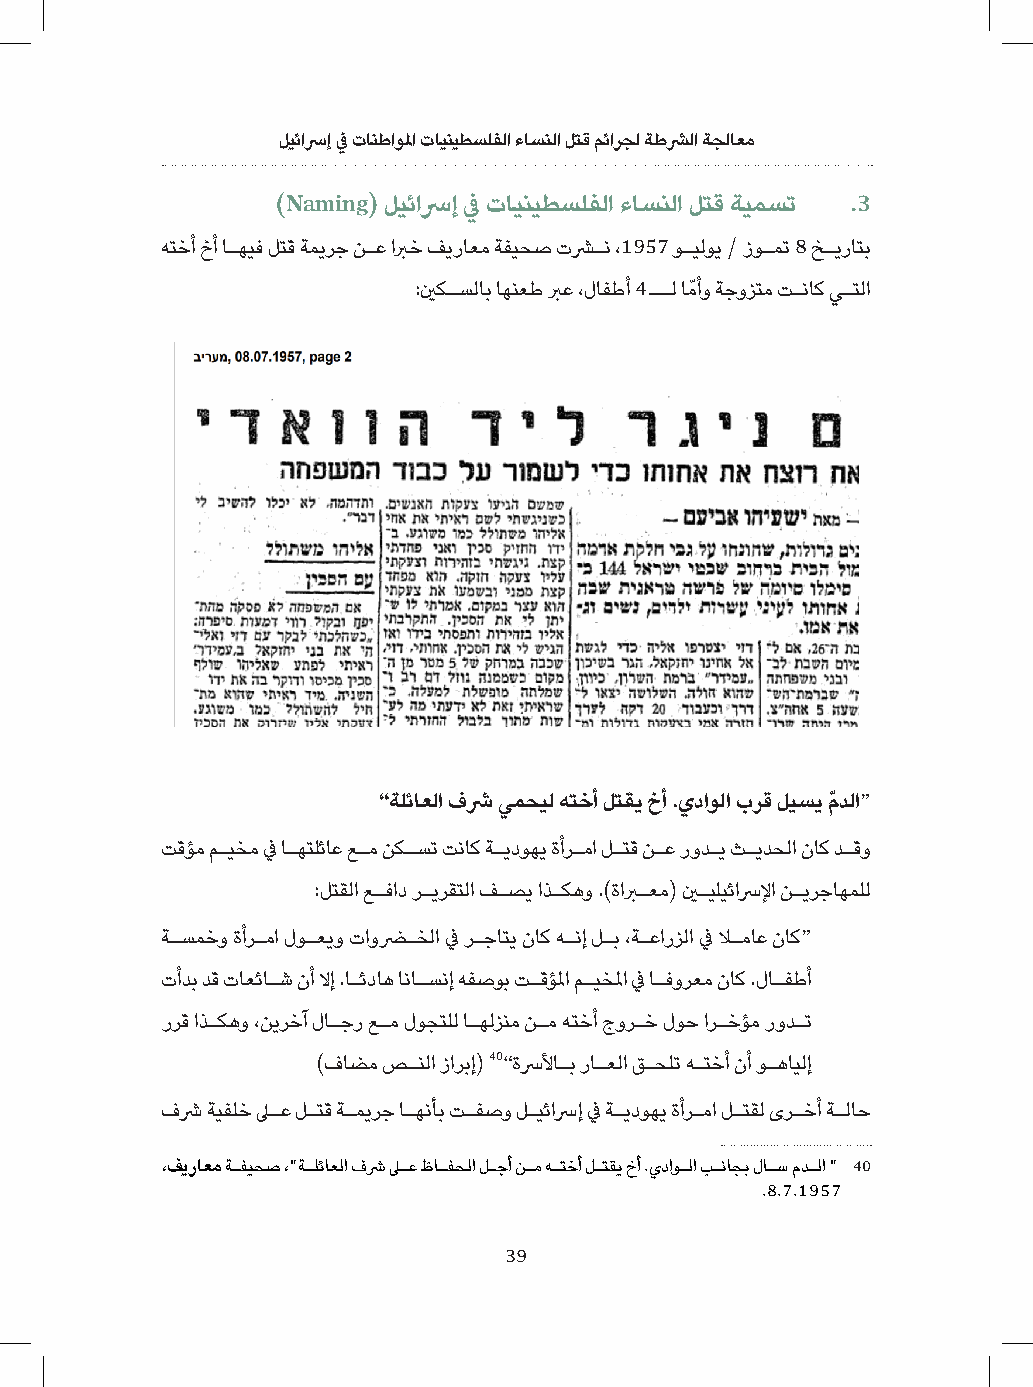
ليئاسرإ في تانطاولما تاينيطسلفلا ءاسنلا لتق مئارجل ةطشرلا ةجلاعم
 )Naming( ليئاسرإ في تاينيطسلفلا ءاسنلا لتق ةيمست .3
 هتخأ خأ اـهيف لتق ةميرج نـع ابرخ فيراعم ةفيحص تشرـن ،1957 وـيلوي / زوـمت 8 خـيراتب
 :ينكـسلاب اهنعط برع ،لافطأ 4 ــل امّ أو ةجوزتم تـناك يـتلا
 ”ةلئاعلا فشر يمحيل هتخأ لتقي خأ .يداولا رق ليسي مّ دلا“
 تقؤم مـيخم في اـهتلئاع عـم نكـست تناك ةـيدوهي ةأرـما لـتق نـع رودـي ثـيدحلا ناك دـقو
 :لتقلا عـفاد رـيرقتلا فـصي اذـكهو .)ةابرـعم( ينـيليئاسرلإا نـيرجاهملل
 ةـسمخو ةأرـما لوـعيو تاورـخلا في رـجاتي ناك هـنإ لـب ،ةـعارزلا في لاـماع ناك“
 تأدب دق تاعئاـش نأ لاإ .اـئداه اناـسنإ هفصوب تـقؤلما مـيخلما في اـفورعم ناك .لاـفطأ
 ررق اذـكهو ،نيرخآ لاـجر عـم لوجتلل اـهلزنم نـم هتخأ جورـخ لوح ارـخؤم رودـت
 )فاضم صـنلا زاربإ( 40”ةسرلأاـب راـعلا قـحلت هـتخأ نأ وـهايلإ
 فشر ةيفلخ لىـع لـتق ةـميرج اـهنأب تـفصو لـيئاسرإ في ةـيدوهي ةأرـما لـتقل ىرـخأ ةـلاح
 ،فيراعم ةـفيحص ،"ةـلئاعلا فشر لىـع ظاـفحلا لـجأ نـم هـتخأ لـتقي خأ .يداوـلا بـناجب لاـس مدـلا " 40
 .8.7.1957
 39